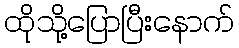
ထိုသို့ပြောပြီးနောက်